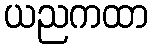
ယညကထာ